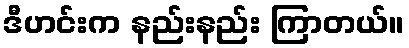
ဒီဟင်းက နည်းနည်း ကြာတယ်။